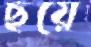
ছয়ে